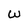
Character: W